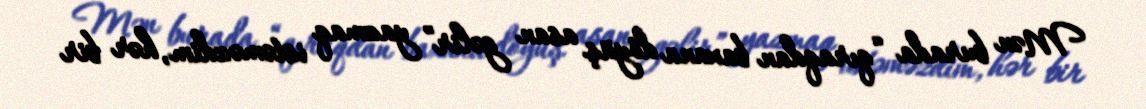
Mən burada “qıraqdan baxana döyüş asan gəlir” yazmaq istəməzdim, hər bir